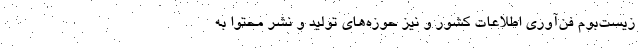
زیست‌بوم فن‌آوری اطلاعات کشور و نیز حوزه‌های تولید و نشر محتوا به